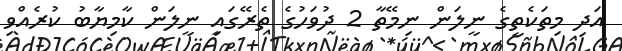
އަދި މިތަކެތީގެ ނީލަން ނިމޭތާ 2 ދުވަހުގެ ތެރޭގައި ނީލަން ކާމިޔާބު ކުރެއްވި